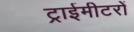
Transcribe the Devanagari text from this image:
ट्राईमीटरों